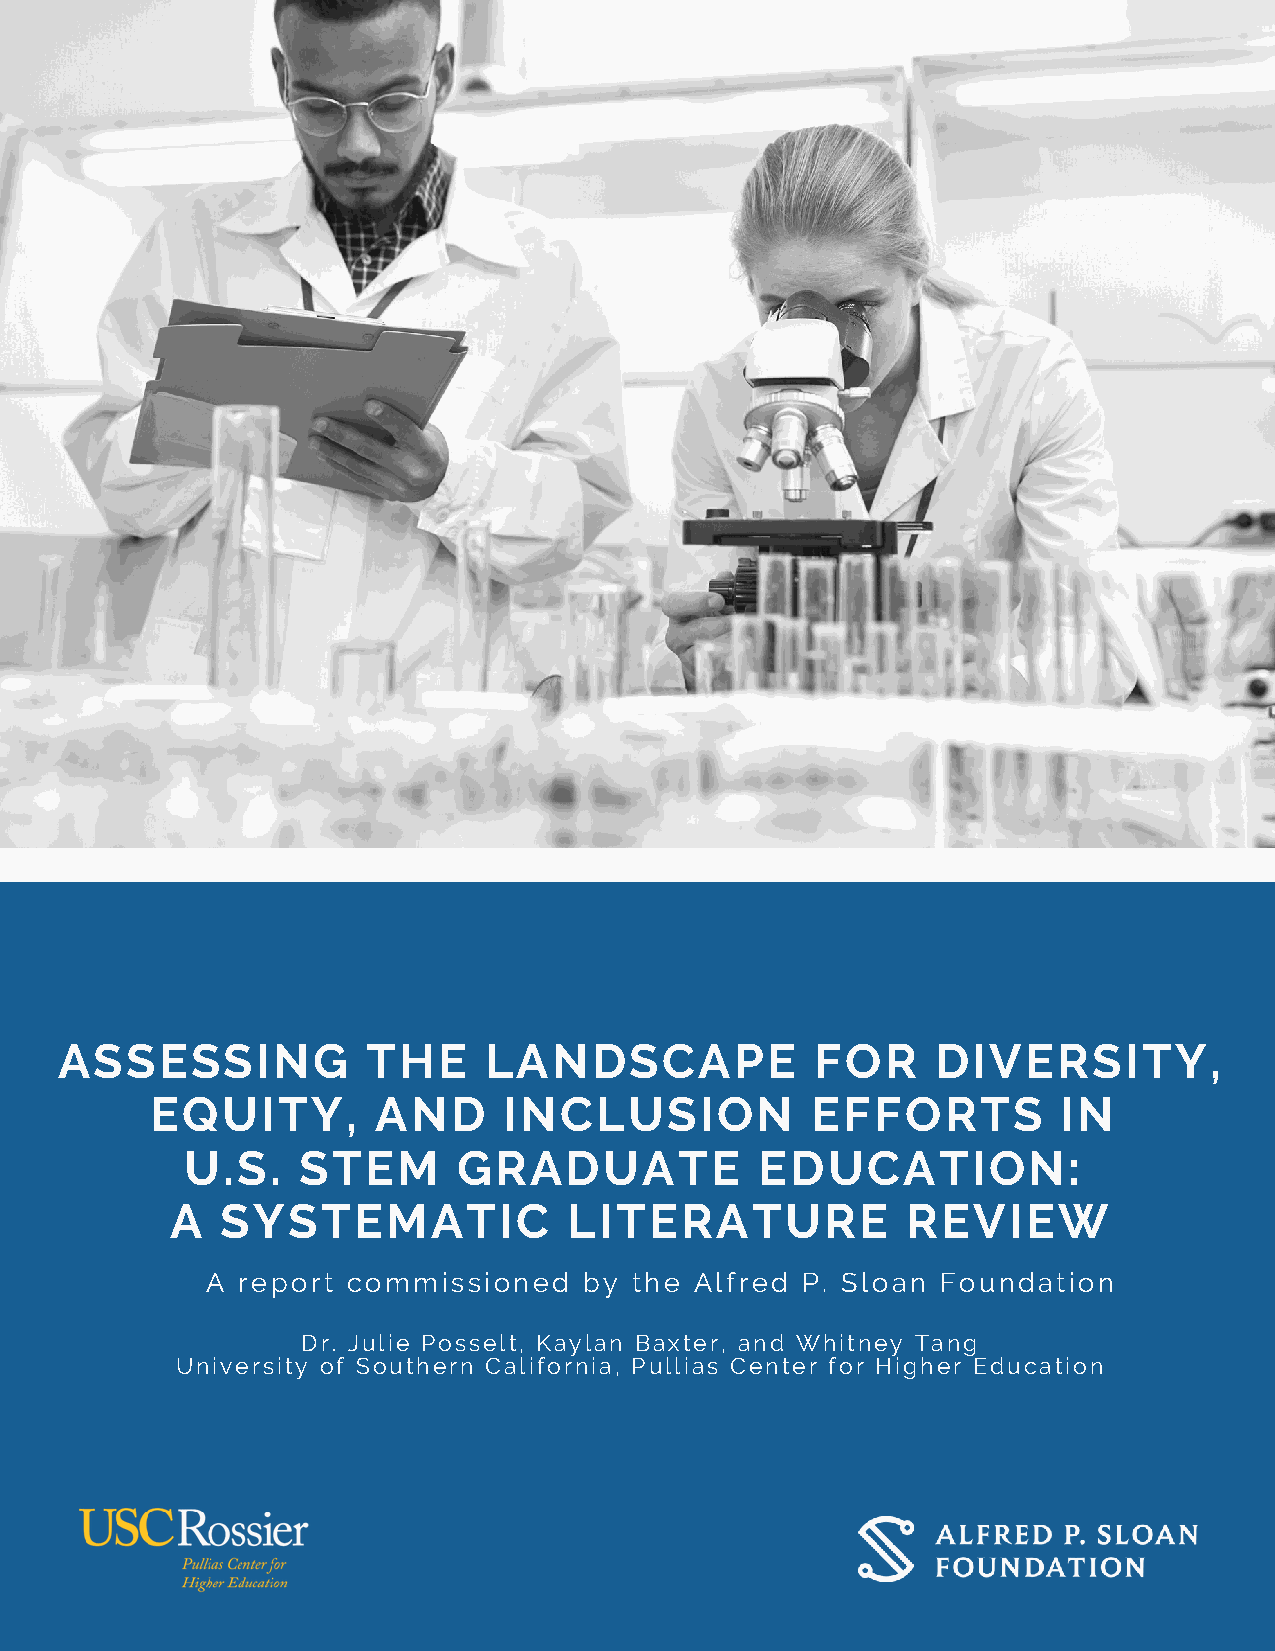
ASSESSING           THE     LANDSCAPE             FOR     DIVERSITY,
 EQUITY,        AND     INCLUSION            EFFORTS         IN
 U.S.    STEM      GRADUATE            EDUCATION:
 A   SYSTEMATIC             LITERATURE            REVIEW
 A report commissioned    by the Alfred P. Sloan Foundation
 Dr. Julie Posselt, Kaylan Baxter, and Whitney Tang
 University of Southern California, Pullias Center for Higher Education